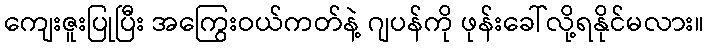
ကျေးဇူးပြုပြီး အကြွေးဝယ်ကတ်နဲ့ ဂျပန်ကို ဖုန်းခေါ်လို့ရနိုင်မလား။